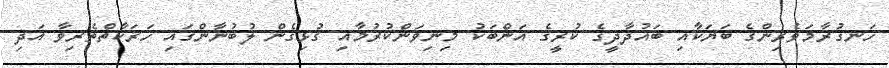
ހަނގުރާމަވެރިންގެ ބަޔަކާއި ބަޣުދާދީގެ ކުރީގެ އަންބަކު މިނިވަންކުރުމާއި ގުޅިގެން ލުބުނާންގައި ހަރަކާތްތެރިވާ އަދި